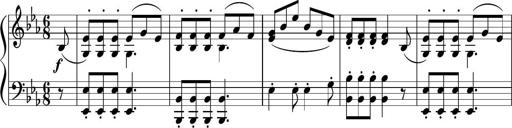
Title: 12 Keyboard Sonatinas
Composer: James Hook